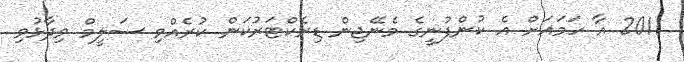
2011 އާ ހަމައަށް އެ ކުންފުނީގެ މެނޭޖިން ޑިރެކްޓަރުކަން ކުރެއްވި ސަލީމް ވިދާޅުވި